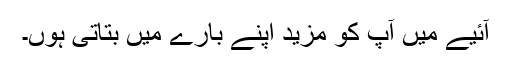
آئیے میں آپ کو مزید اپنے بارے میں بتاتی ہوں۔